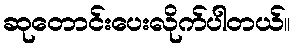
ဆုတောင်းပေးလိုက်ပါတယ်။